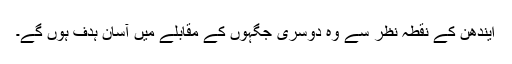
ایندھن کے نقطہ نظر سے وہ دوسری جگہوں کے مقابلے میں آسان ہدف ہوں گے۔